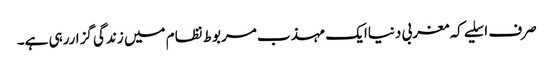
صرف اسلیے کہ مغربی دنیاایک مہذب مربوط نظام میں زندگی گزاررہی ہے۔